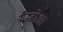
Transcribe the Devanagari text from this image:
गैम्बोआ